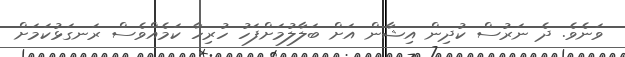
ވަނެވެ. ދެ ނަރުސް ކުދިން އިޝާން އަށް ބަލާލުމަށްފަހު ހުރިހާ ކަމެއްވެސް ރަނގަޅުކަމަށް